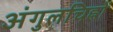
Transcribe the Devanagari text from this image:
अंगुलचिह्नों